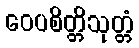
ဝေပစိတ္တိသုတ္တံ